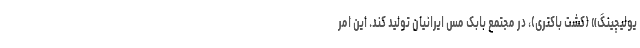
یولیچینگ» (کشت باکتری)، در مجتمع بابک مس ایرانیان تولید کند. این امر